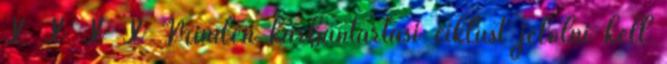
X X X X Minden karbantartási ciklust jelölni kell